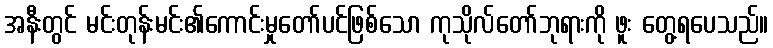
အနီးတွင် မင်းတုန်းမင်း၏ကောင်းမှုတော်ပင်ဖြစ်သော ကုသိုလ်တော်ဘုရားကို ဖူး တွေ့ရပေသည်။